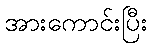
အားကောင်းပြီး